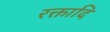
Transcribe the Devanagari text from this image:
रक्तादि